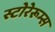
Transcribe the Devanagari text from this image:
स्टोरेरूम्स